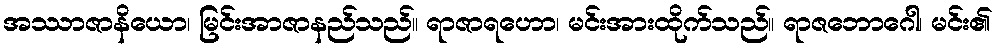
အဿာဇာနိယော၊ မြင်းအာဇာနည်သည်။ ရာဇာရဟော၊ မင်းအားထိုက်သည်။ ရာဇဘောဂေါ၊ မင်း၏